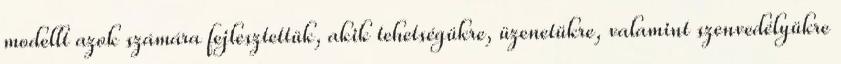
modellt azok számára fejlesztettük, akik tehetségükre, üzenetükre, valamint szenvedélyükre